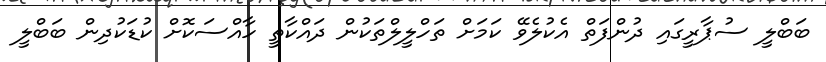
ބަބްލީ ސުޕާރީގައި ދުންފަތް އެކުލެވޭ ކަމަށް ތަހްލީލްތަކުން ދައްކާތީ ހާއްސަކޮށް ކުޑަކުދިން ބަބްލީ